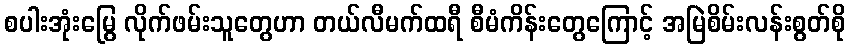
စပါးအုံးမြွေ လိုက်ဖမ်းသူတွေဟာ တယ်လီမက်ထရီ စီမံကိန်းတွေကြောင့် အမြဲစိမ်းလန်းစွတ်စို